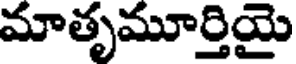
మాతృమూర్తియై